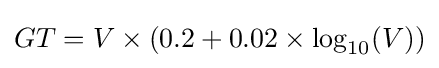
GT=V\times (0.2+0.02\times \log _{10}(V))